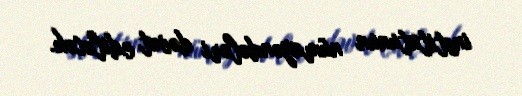
institutunun nümayəndələri dəvət ediləcək.